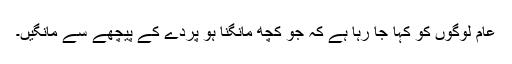
عام لوگوں کو کہا جا رہا ہے کہ جو کچھ مانگنا ہو پردے کے پیچھے سے مانگیں۔